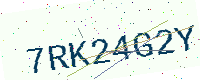
Text: 7RK24G2Y